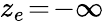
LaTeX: z_{e}\! =\! -\infty